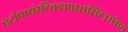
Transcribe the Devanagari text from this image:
एंटीपायरेटिक्सपारासिटामोल